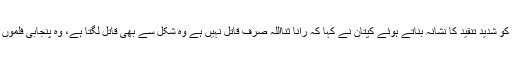
پنجاب کے وزیرقانون رانا ثنا اللہ کو شدید تنقید کا نشانہ بناتے ہوئے کپتان نے کہا کہ رانا ثنااللہ صرف قاتل نہیں ہے وہ شکل سے بھی قاتل لگتا ہے، وہ پنجابی فلموں میں ولن کا کردار ادا کرسکتا ہے۔